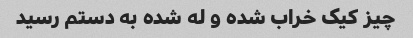
چیز کیک خراب شده و له شده به دستم رسید